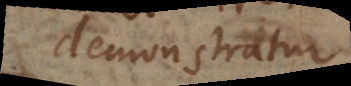
Demonstratur